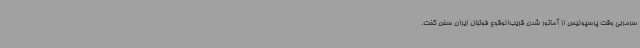
سرمربی وقت پرسپولیس از آماتور شدن قریب‌الوقوع فوتبال ایران سخن گفت.